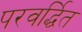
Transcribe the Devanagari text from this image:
परवर्द्धित